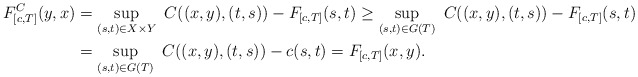
\begin{align*}F_{[c,T]}^C(y,x)&=\sup_{(s,t)\in X\times Y}\ C((x,y),(t,s))-F_{[c,T]}(s,t)\geq\sup_{(s,t)\in G(T)}\ C((x,y),(t,s))-F_{[c,T]}(s,t)\\&=\sup_{(s,t)\in G(T)}\ C((x,y),(t,s))-c(s,t)=F_{[c,T]}(x,y).\end{align*}